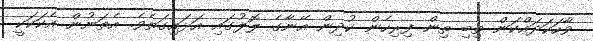
ވާހަކަދައްކަން ތިބި ތިން ފިރިހެން ކުދިން އޭނާގެ ލޮލުގައި އަޅައިގަތެވެ. އެތަނުން އެކަކަކީ